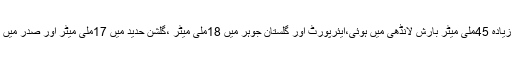
محکمہ موسمیات کے مطابق سب سے زیادہ 45ملی میٹر بارش لانڈھی میں ہوئی،ایئرپورٹ اور گلستان جوہر میں 18ملی میٹر ،گلشن حدید میں 17ملی میٹر اور صدر میں 4ملی میٹر بارش ریکارڈ کی گئی ہے ۔